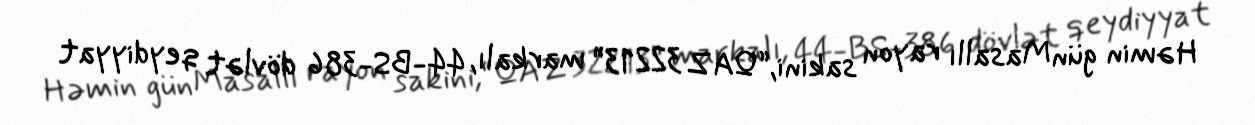
Həmin günMasallı rayon sakini,“QAZ 32213” markalı, 44-BS-386 dövlət qeydiyyat